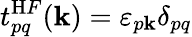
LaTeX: t_{pq}^{\mathrm HF}(\mathbf k)=\varepsilon_{p\mathbf k}\delta_{pq}